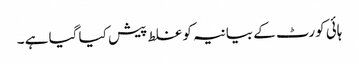
ہائی کورٹ کے بیانیہ کو غلط پیش کیا گیا ہے ۔